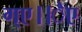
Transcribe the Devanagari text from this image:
ग्ए।।ैए